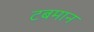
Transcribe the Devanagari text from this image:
टबमान